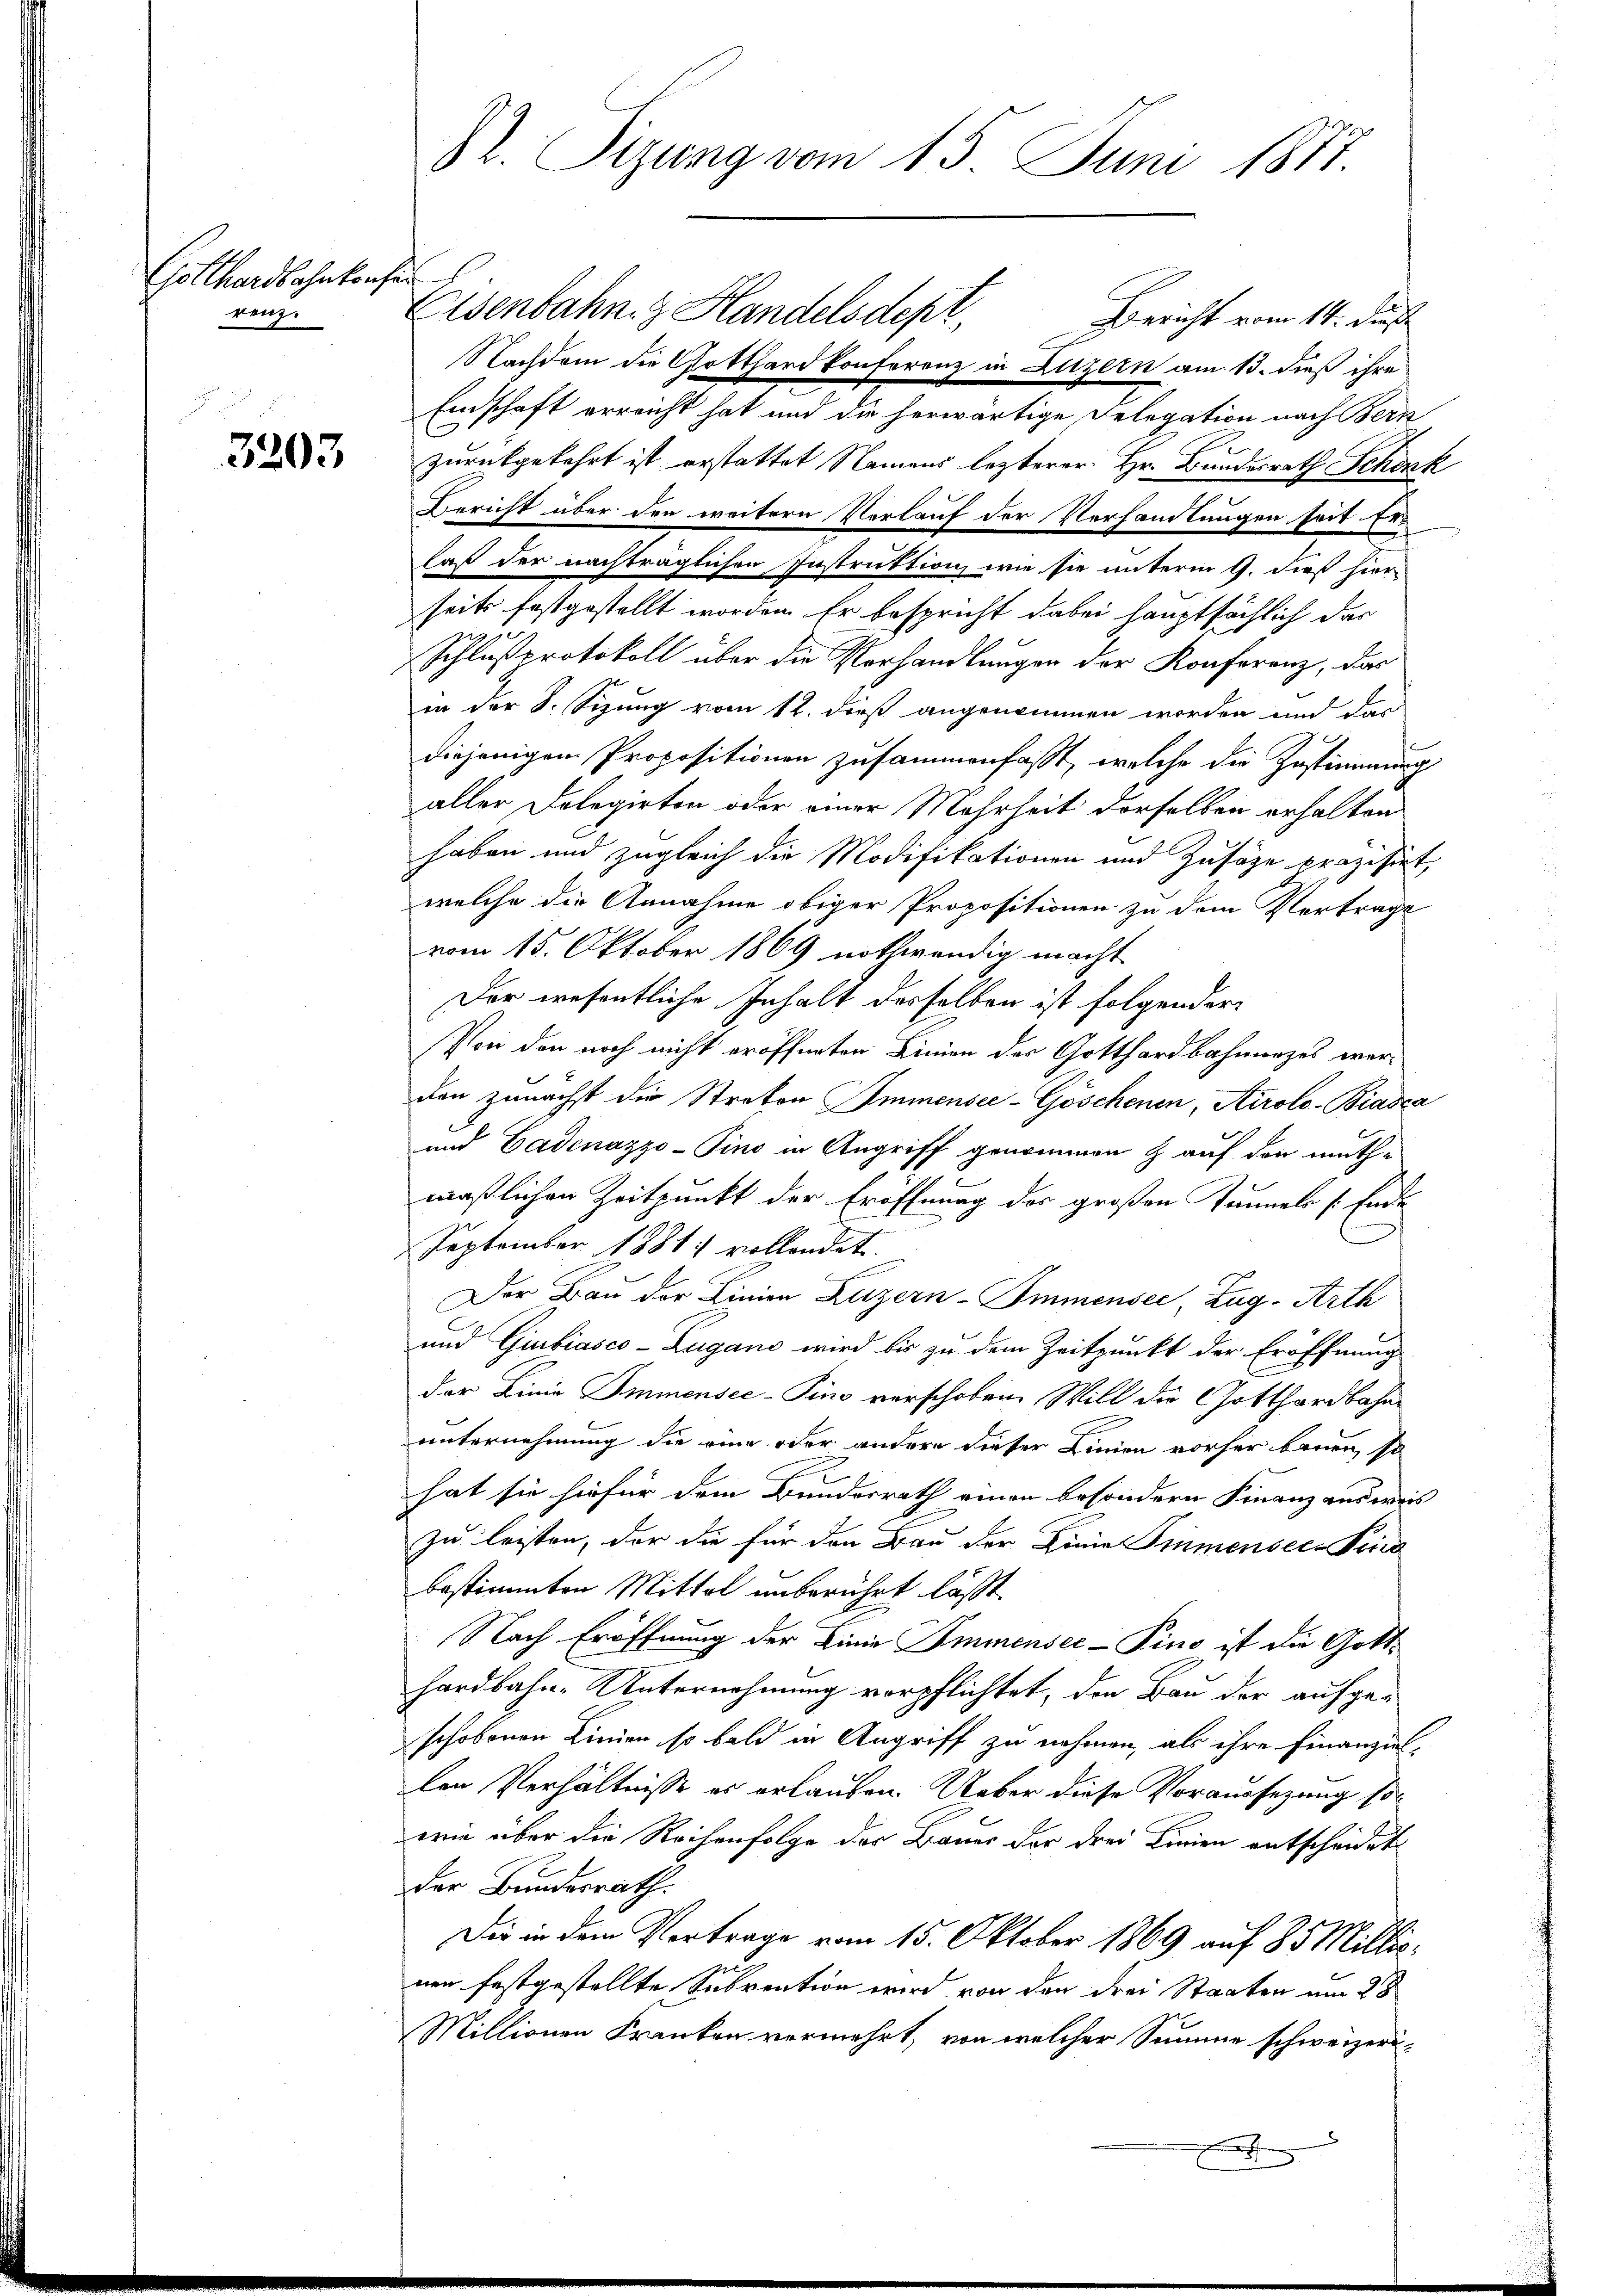
Gotthardbahnkonsen
renz.

3203

S. Sizung vom 15. Juni 1817.

Eisenbahn. Handelsdept,
Bericht vom 14. diese
Nachdem die Gotthard konferenz in Litzern am 13. dieß ihre
Endschaft erreicht hat und die herwärtige Delegation nach Bern
zurückgekehrt ist erstattet Namens lezterer Hr. Bundesrath Schenk
Bericht über den weitern Verlauf der Verhandlungen seit Erlaß der nachträglichen Instruktion, wie sie unterm 9. dieß hier-
seits festgestellt worden. Er bespricht dabei hauptsächlich das
2
Schlußprotokoll über die Verhandlungen der Konferenz, das
in der S. Sizung vom 12. dieß angenommen worden und das
diejenigem Propositionen zusammenfasst, welche die Zustimmung
aller Delegirten oder einer Mehrheit derselben erhalten
haben und zugleich die Modifikationen und Zusöze präzisirt,
welche die Annahme obiger Propositionen zu dem Vortrage
vom 15. Oktober 1869 nothwendig macht
Der wesentliche Inhalt desselben ist folgender
Von den noch nicht eröffneten Linien der Gotthardbahnanzes werden zunächst die Straton Immensee-Göschenen, Airolo-Biasca
und Badenazzo-Pino in Angriff genommen & auf den muthmäßlichen Zeitpunkt der Eröffnung des großen Tunnels (Ends
September 1881 vollendet.
Der Bau der Linien Luzern-Immensee, Zug-Arth
und Giubiasco - Zugano wird bis zu dem Zeitpunkt der Eröffnung
der Linie Immensee–Pino verschoben. Will die Gotthardbahne
unternehmung die eine oder andere dieser Linien vorher bauen, so
hat sie hiefür dem Bundesrath einen besondern Finanz ausweis
zu leisten, der die für den Bau der Linie Sinmensees Fina
bestimmten Mittel unberührt lässt.
Nach Eröffnung der Linie Immensee–Pino ist die Gotthardbahn-Unternehmung verpflichtet, den Bau der aufgeschobenen Linien so bald in Angriff zu nehmen, als ihre Finanziel
len Verhältnisse es erlauben. Ueber diese Voraussezung so
wie über die Reihenfolge der Bauer der drei Linien entscheidet
der Bundesrath.
Die in dem Vertrage vom 15. Oktober 1869 auf 35 Millignen festgestellte Subvention wird von den drei Staaten am 28
Millionen Franken vermehrt, von welcher Summe schweizeri-
.